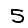
Digit: 5